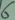
Text: 6